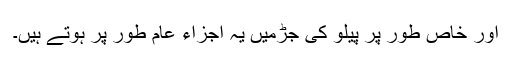
اور خاص طور پر پیلو کی جڑمیں یہ اجزاء عام طور پر ہوتے ہیں۔